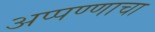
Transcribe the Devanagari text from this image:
अप्पण्णाचा